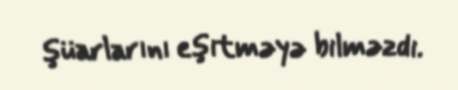
şüarlarını eşitməyə bilməzdi.